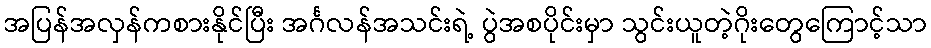
အပြန်အလှန်ကစားနိုင်ပြီး အင်္ဂလန်အသင်းရဲ့ ပွဲအစပိုင်းမှာ သွင်းယူတဲ့ဂိုးတွေကြောင့်သာ